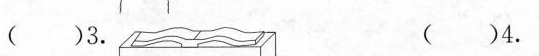
（ ）3. （ ）4.